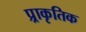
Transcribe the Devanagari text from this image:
प्र्राकृतिक